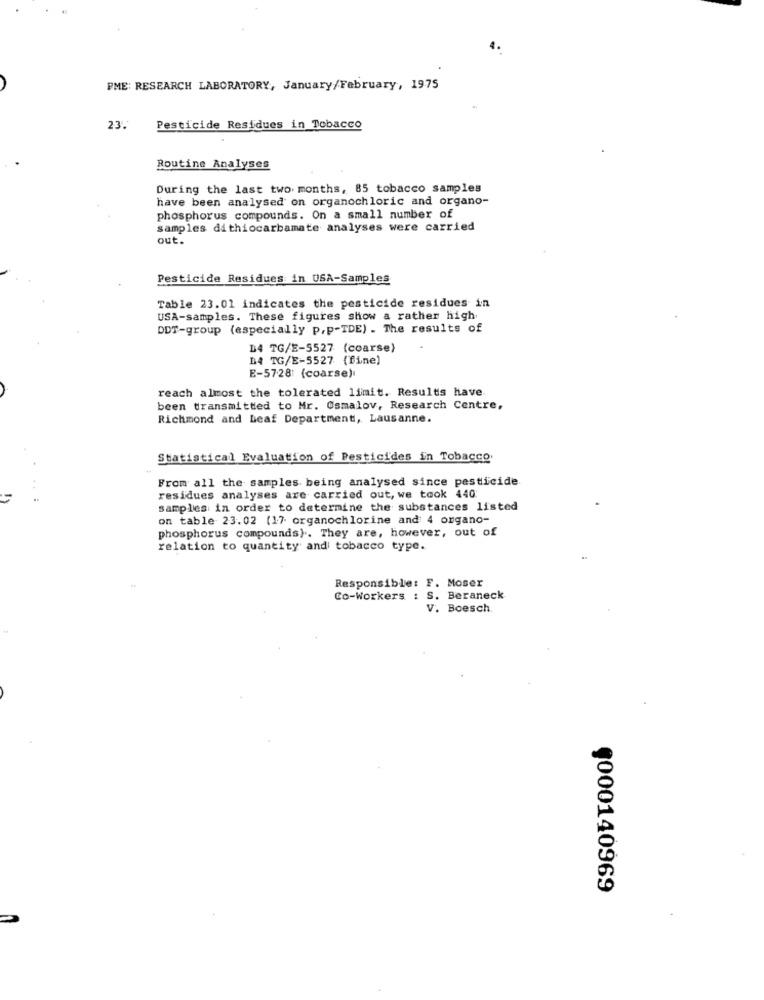
PME: RESEARCH LABORATORY, January/February, 1975
23.
Pesticide Residues in Tobacco
Routine Analyses
During the last two months, 85 tobacco samples
have been analysed on organochloric and organo-
phosphorus compounds. On a small number of
samples di thiocarbamate analyses were carried
out.
Pesticide Residues in USA-Samples
Table 23.01 indicates the pesticide residues in
USA-samples. These figures show a rather high
DDT-group (especially p.p-TDE) . The results of
D4 TG/E-5527 (coarse)
14 TG/E-5527 (fine)
E-5728' (coarse)
reach almost the tolerated limit. Results have
been transmitted to Mr. Osmalov, Research Centre,
Richmond and Leaf Department, Lausanne.
Statistical Evaluation of Pesticides in Tobacco.
From all the samples being analysed since pesticide
.. :
residues analyses are carried out, we took 440
samples in order to determine the substances listed
on table 23.02 (17 organochlorine and 4 organo-
phosphorus compounds) .. They are, however, out of
relation to quantity and tobacco type.
Responsible: F. Moser
Co-Workers : S. Beraneck
V. Boesch
9000140969